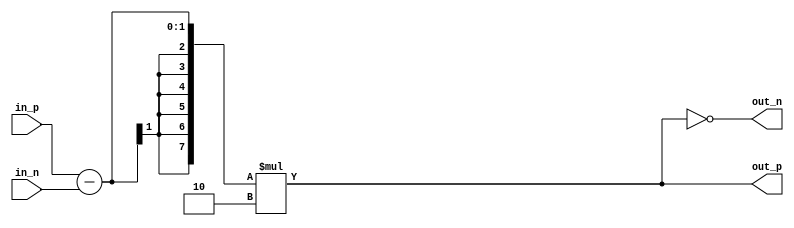
module differential_buffer (
    input wire in_p,
    input wire in_n,
    output wire out_p,
    output wire out_n
);

   reg [7:0] diff_amplifier_output;
   reg [7:0] buffer_output;

   // Differential Amplifier Stage
   always @* begin
       diff_amplifier_output = in_p - in_n;
   end

   // Buffer Stage
   always @* begin
       buffer_output = diff_amplifier_output * 2; // Signal Amplification
   end

   // Output Assignments
   assign out_p = buffer_output;
   assign out_n = ~buffer_output;

endmodule